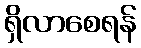
ရှိလာစေရန်